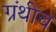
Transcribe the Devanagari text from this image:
ग्रंथीच